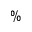
\%